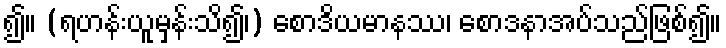
၍။ (ရဟန်းယူမှန်းသိ၍၊) စောဒိယမာနဿ၊ စောဒနာအပ်သည်ဖြစ်၍။